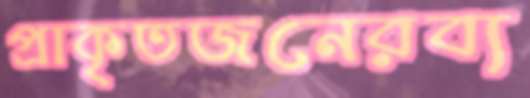
প্রাকৃতজনেরব্য